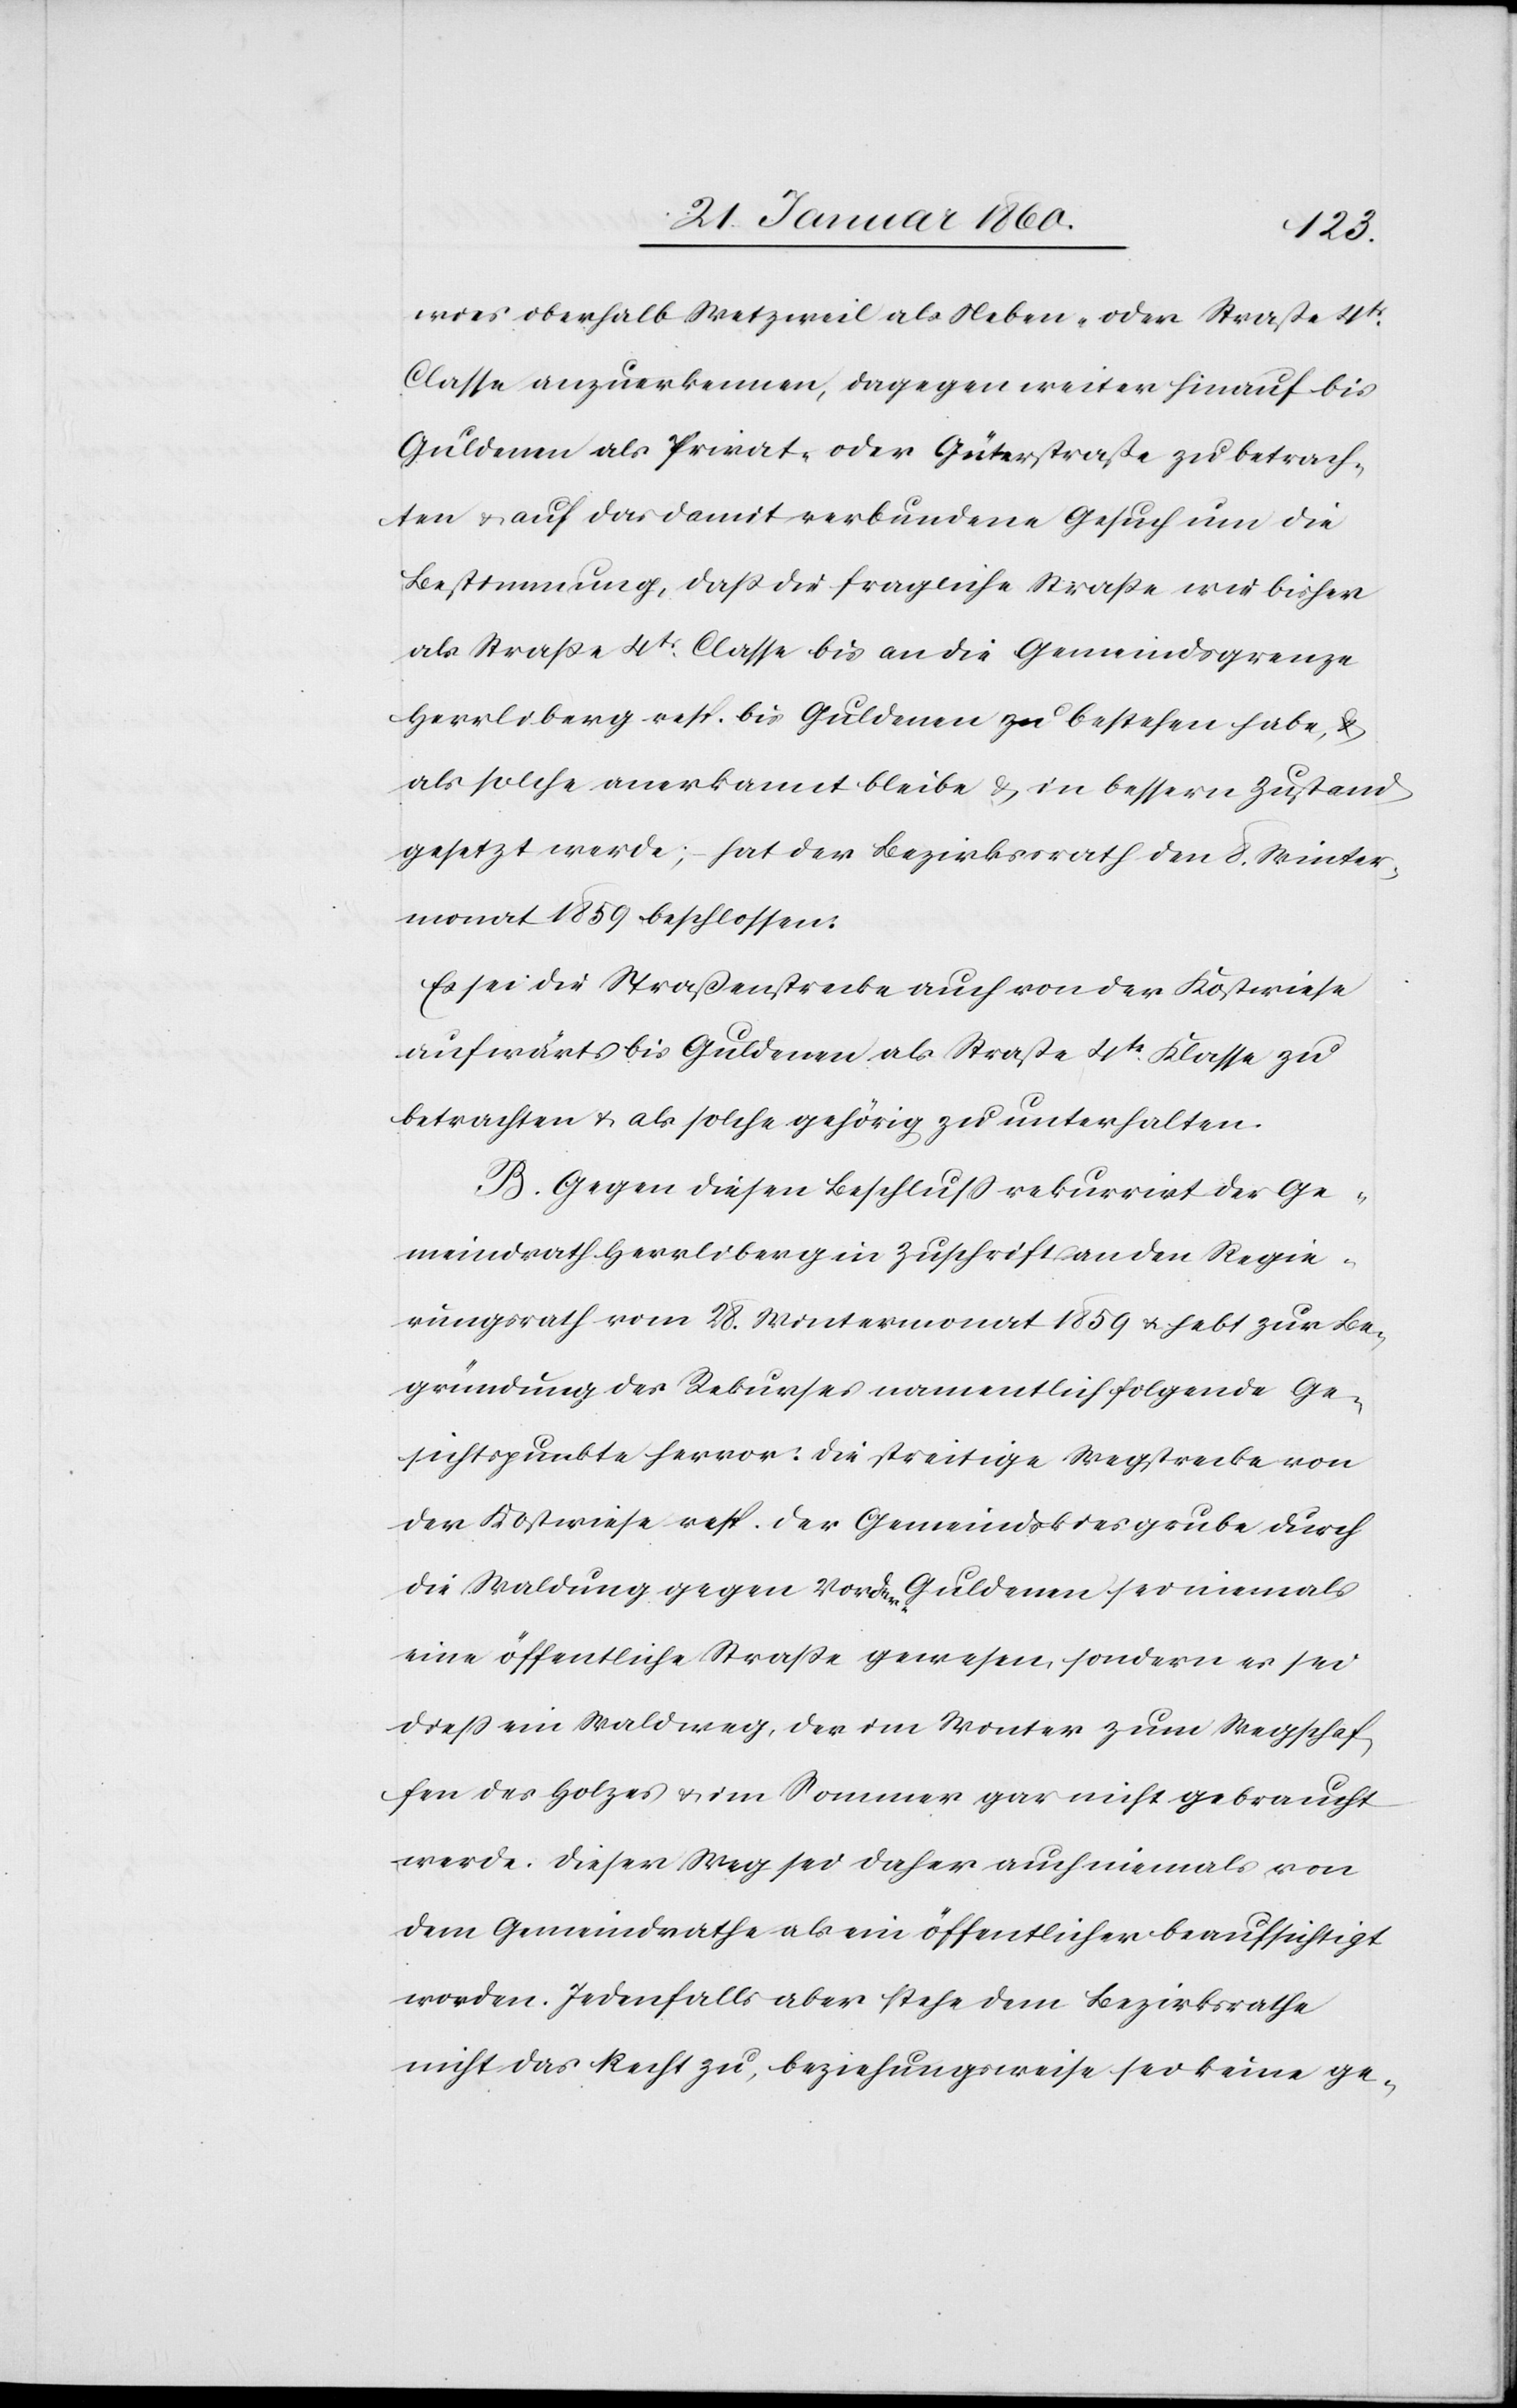
wies oberhalb Wetzweil als neben- oder Strasse 4tr
Classe anzuerkennen, dagegen weiter hinauf bis
Guldenen als Privat- oder Güterstrasse zu betrach¬
ten u. auf das damit verbundene Gesuch um die
Bestimmung, dass die fragliche Strasse wie bisher
als Strasse 4tr Classe bis an die Gemeindsgrenze
Herrliberg resp. die Guldenen zu bestehen habe, u.
als solche anerkannt bleibe, u. in bessern Zustand
gesetzt werde; hat der Bezirksrath den 8. Winter¬
monat 1869 beschlossen:
Es sei die Strassenstrecke auch von der Kostwiese
aufwärts bis Guldenen als Strasse 4tr Klasse zu
betrachten u. als solche gehörig zu unterhalten.
B. Gegen diesen Beschluß rekurrirt der Ge¬
meindrath Herrliberg in Zuschrift an den Regie¬
rungsrath vom 28. Wintermonat 1859 u. hebt zur Be¬
gründung des Rekurses namentlich folgende Ge¬
sichtspunkte hervor: die streitige Wegstrecke von
der Kostwiese resp. der Gemeindskiesgrube durch
die Waldung gegen Vorder-Guldenen sei niemals
eine öffentliche Strasse gewesen, sondern es sei
diess ein Waldweg, der im Winter zum Wegschaf¬
fen des Holzes u. im Sommer gar nicht gebraucht
werde. Dieser Weg sei daher auch niemals von
dem Gemeindrathe als ein öffentlicher beaufsichtigt
worden. Jedenfalls aber stehe dem Bezirksrathe
nicht das Recht zu, beziehungsweise sei keine ge-